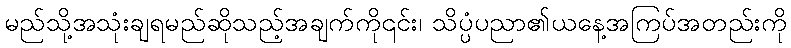
မည်သို့အသုံးချရမည်ဆိုသည့်အချက်ကို၎င်း၊ သိပ္ပံပညာ၏ယနေ့အကြပ်အတည်းကို